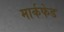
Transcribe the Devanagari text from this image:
मार्कफेड